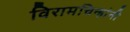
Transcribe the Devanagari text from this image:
विरामचिन्हांनी